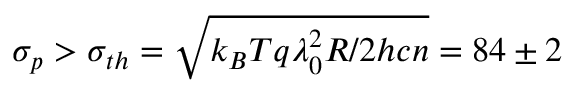
\sigma _ { p } > \sigma _ { t h } = \sqrt { k _ { B } T q \lambda _ { 0 } ^ { 2 } R / 2 h c n } = 8 4 \pm 2